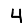
Digit: 4